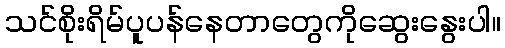
သင်စိုးရိမ်ပူပန်နေတာတွေကိုဆွေးနွေးပါ။